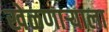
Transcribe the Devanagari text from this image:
खेळणाऱ्याला